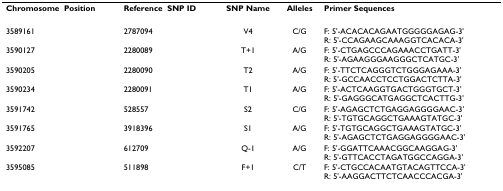
<table><thead><tr><td><b>ChromosomePosition</b></td><td><b>ReferenceSNP ID</b></td><td><b>SNP Name</b></td><td><b>Alleles</b></td><td><b>Primer Sequences</b></td></tr></thead><tbody><tr><td>3589161</td><td>2787094</td><td>V4</td><td>C/G</td><td>F: 5'-ACACACAGAATGGGGGAGAG-3'R: 5'-CCAGAAGCAAAGGTCACACA-3'</td></tr><tr><td>3590127</td><td>2280089</td><td>T+1</td><td>A/G</td><td>F: 5'-CTGAGCCCAGAAACCTGATT-3'R: 5'-AGAAGGGAAGGGCTCATGC-3'</td></tr><tr><td>3590205</td><td>2280090</td><td>T2</td><td>A/G</td><td>F: 5'-TTCTCAGGGTCTGGGAGAAA-3'R: 5'-GCCAACCTCCTGGACTCTTA-3'</td></tr><tr><td>3590234</td><td>2280091</td><td>T1</td><td>A/G</td><td>F: 5'-ACTCAAGGTGACTGGGTGCT-3'R: 5'-GAGGGCATGAGGCTCACTTG-3'</td></tr><tr><td>3591742</td><td>528557</td><td>S2</td><td>C/G</td><td>F: 5'-AGAGCTCTGAGGAGGGGAAC-3'R: 5'-TGTGCAGGCTGAAAGTATGC-3'</td></tr><tr><td>3591765</td><td>3918396</td><td>S1</td><td>A/G</td><td>F: 5'-TGTGCAGGCTGAAAGTATGC-3'R: 5'-AGAGCTCTGAGGAGGGGAAC-3'</td></tr><tr><td>3592207</td><td>612709</td><td>Q-1</td><td>A/G</td><td>F: 5'-GGATTCAAACGGCAAGGAG-3'R: 5'-GTTCACCTAGATGGCCAGGA-3'</td></tr><tr><td>3595085</td><td>511898</td><td>F+1</td><td>C/T</td><td>F: 5'-CTGCCACAATGTACAGTTCCA-3'R: 5'-AAGGACTTCTCAACCCACGA-3'</td></tr></tbody></table>